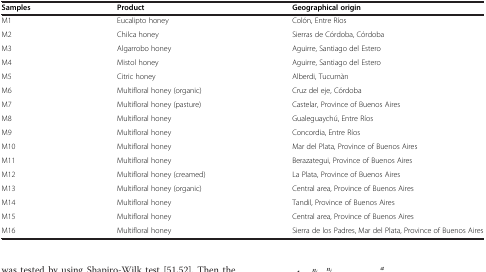
| Samples | Product | Geographical origin |
 | --- | --- | --- |
 | M1 | Eucalipto honey | Colón, Entre Ríos |
 | M2 | Chilca honey | Sierras de Córdoba, Córdoba |
 | M3 | Algarrobo honey | Aguirre, Santiago del Estero |
 | M4 | Mistol honey | Aguirre, Santiago del Estero |
 | M5 | Citric honey | Alberdi, Tucumàn |
 | M6 | Multifloral honey (organic) | Cruz del eje, Córdoba |
 | M7 | Multifloral honey (pasture) | Castelar, Province of Buenos Aires |
 | M8 | Multifloral honey | Gualeguaychú, Entre Ríos |
 | M9 | Multifloral honey | Concordia, Entre Ríos |
 | M10 | Multifloral honey | Mar del Plata, Province of Buenos Aires |
 | M11 | Multifloral honey | Berazategui, Province of Buenos Aires |
 | M12 | Multifloral honey (creamed) | La Plata, Province of Buenos Aires |
 | M13 | Multifloral honey (organic) | Central area, Province of Buenos Aires |
 | M14 | Multifloral honey | Tandil, Province of Buenos Aires |
 | M15 | Multifloral honey | Central area, Province of Buenos Aires |
 | M16 | Multifloral honey | Sierra de los Padres, Mar del Plata, Province of Buenos Aires |